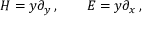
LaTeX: H = y \partial _ { y } \, , \quad \quad E = y \partial _ { x } \, ,